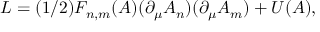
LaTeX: L = ( 1 / 2 ) F _ { n , m } ( A ) ( \partial _ { \mu } A _ { n } ) ( \partial _ { \mu } A _ { m } ) + U ( A ) ,